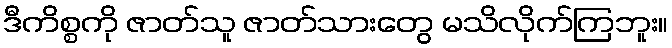
ဒီကိစ္စကို ဇာတ်သူ ဇာတ်သားတွေ မသိလိုက်ကြဘူး။